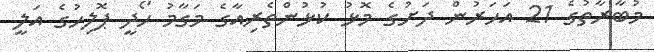
މުބާރާތުގެ 21 އަހަރުން ދަށުގެ މޮޅު ކުޅުންތެރިއާގެ މަގާމު ހޯދީ ޕޮލިހުގެ އަލީ